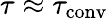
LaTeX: \tau\approx\tau_{\mathrm{conv}}